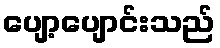
ပျော့ပျောင်းသည်